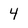
Character: 4